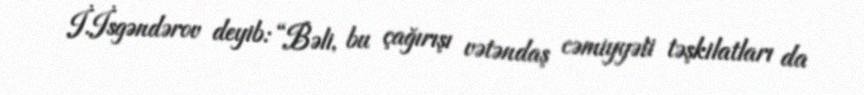
İ.İsgəndərov deyib: “Bəli, bu çağırışı vətəndaş cəmiyyəti təşkilatları da